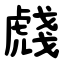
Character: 虥